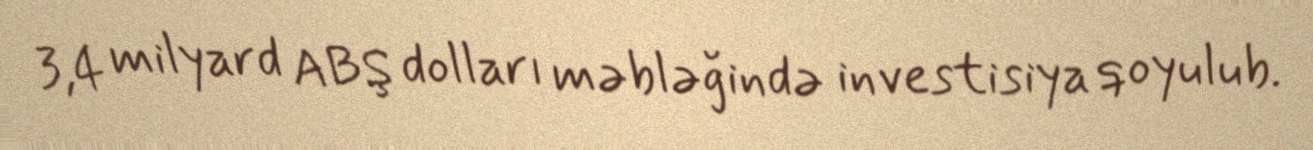
3,4 milyard ABŞ dolları məbləğində investisiya qoyulub.